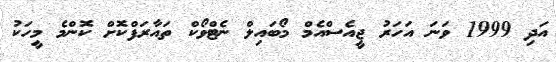
އަދި 1999 ވަނަ އަހަރު ޖީއެސްއެމް މޯބައިލް ނެޓްވޯކް ތައާރަފްކޮށް ކޮންމެ މީހަކު